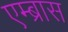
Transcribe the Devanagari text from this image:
एम्ब्रास